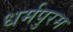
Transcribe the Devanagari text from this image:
धर्मपुरम